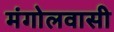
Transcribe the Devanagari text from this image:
मंगोलवासी